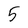
Character: 5